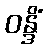
ဝန္ဒိံ